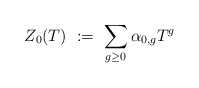
\begin{align*} Z_0(T)\ :=\ \sum_{g\ge 0} \alpha_{0,g} T^g\end{align*}